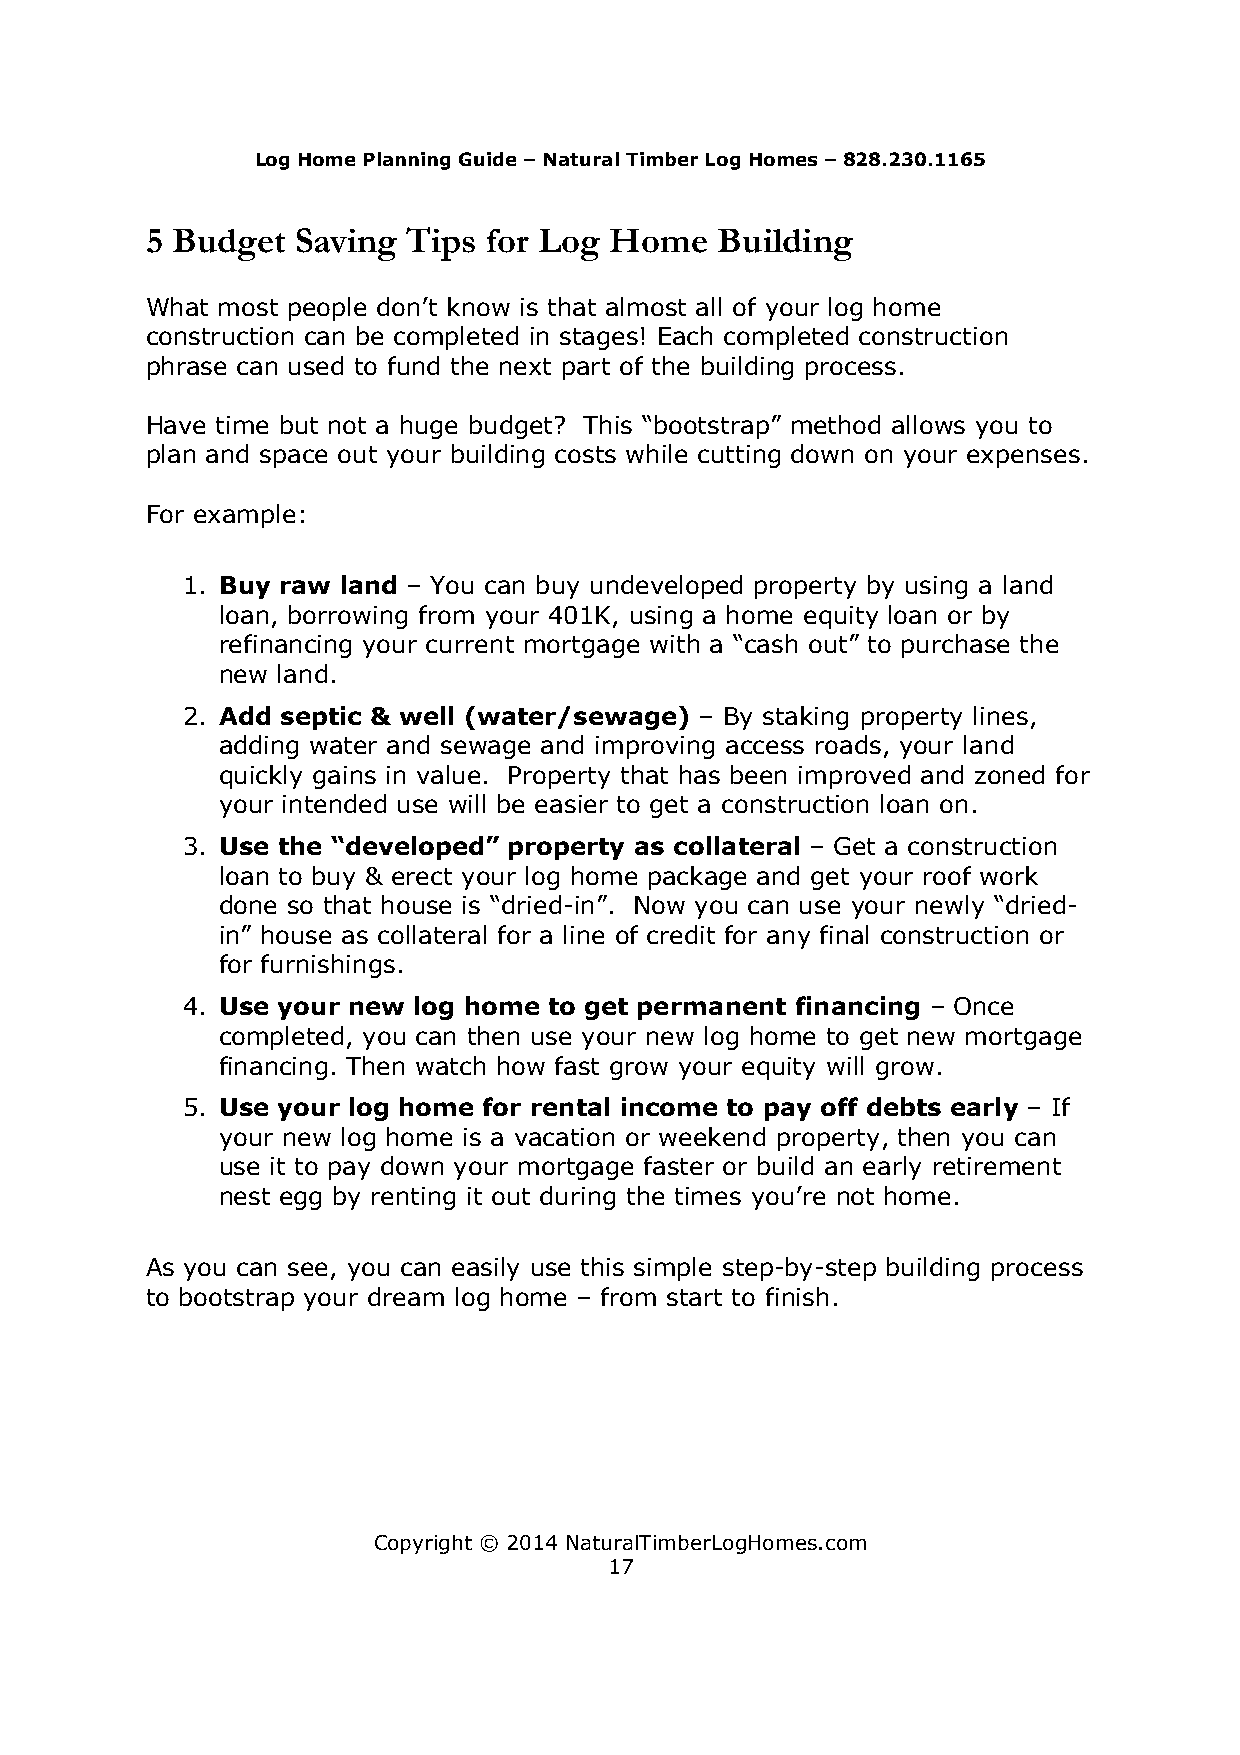
Log Home Planning Guide – Natural Timber Log Homes – 828.230.1165
 5 Budget  Saving Tips for Log Home   Building
 What most people don’t know is that almost all of your log home
 construction can be completed in stages! Each completed construction
 phrase can used to fund the next part of the building process.
 Have time but not a huge budget? This “bootstrap” method allows you to
 plan and space out your building costs while cutting down on your expenses.
 For example:
 1. Buy raw land – You can buy undeveloped property by using a land
 loan, borrowing from your 401K, using a home equity loan or by
 refinancing your current mortgage with a “cash out” to purchase the
 new land.
 2. Add septic & well (water/sewage) – By staking property lines,
 adding water and sewage and improving access roads, your land
 quickly gains in value. Property that has been improved and zoned for
 your intended use will be easier to get a construction loan on.
 3. Use the “developed” property as collateral – Get a construction
 loan to buy & erect your log home package and get your roof work
 done so that house is “dried-in”. Now you can use your newly “dried-
 in” house as collateral for a line of credit for any final construction or
 for furnishings.
 4. Use your new log home to get permanent financing – Once
 completed, you can then use your new log home to get new mortgage
 financing. Then watch how fast grow your equity will grow.
 5. Use your log home for rental income to pay off debts early – If
 your new log home is a vacation or weekend property, then you can
 use it to pay down your mortgage faster or build an early retirement
 nest egg by renting it out during the times you’re not home.
 As you can see, you can easily use this simple step-by-step building process
 to bootstrap your dream log home – from start to finish.
 Copyright © 2014 NaturalTimberLogHomes.com
 17